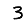
Digit: 3